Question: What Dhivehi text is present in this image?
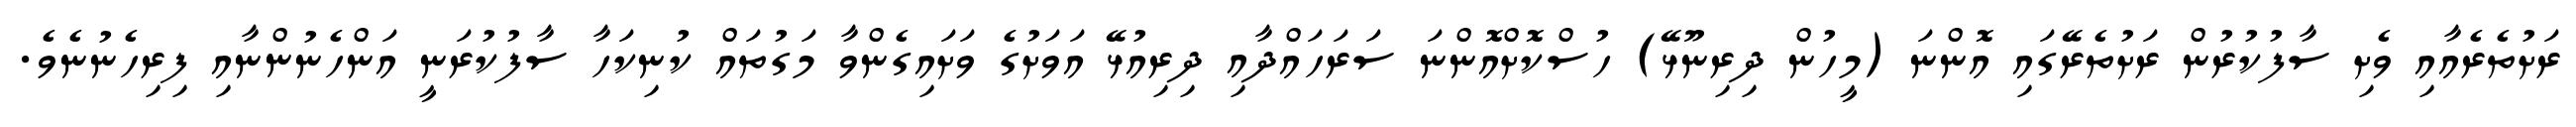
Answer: ރަށުތެރެއާއި ވެށި ސާފުކުރުން ރަށުތެރޭގައި އޮންނަ (މީހުން ދިރިނޫޅޭ) ހުސްކޮށްއޮންނަ ސަރަހައްދާއި ދިރިއުޅޭ އަވަށުގެ ވަށައިގެންވާ މަގުތައް ކުނިކަހާ ސާފުކުރަނީ އަންހެނުންނާއި ފިރިހެނުނެވެ.